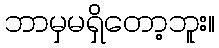
ဘာမှမရှိတော့ဘူး။